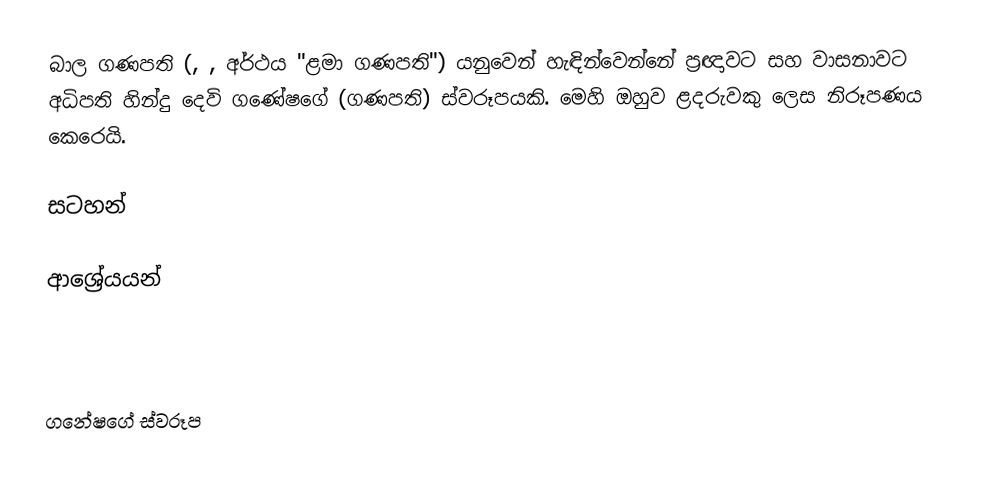
බාල ගණපති (, , අර්ථය "ළමා ගණපති") යනුවෙන් හැඳින්වෙන්නේ ප්‍රඥාවට සහ වාසනාවට අධිපති හින්දු දෙවි ගණේෂගේ (ගණපති) ස්වරූපයකි. මෙහි ඔහුව ළදරුවකු ලෙස නිරූපණය කෙරෙයි.

සටහන්

ආශ්‍රේයයන්

ගනේෂගේ ස්වරූප